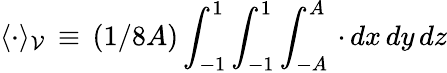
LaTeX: \langle\cdot\rangle_{\mathcal{V}}\, \equiv\, (1/8A)\int_{-1}^{1}\int_{-1}^{1}\int_{-A}^{A}\, \cdot\, dx\, dy\, dz